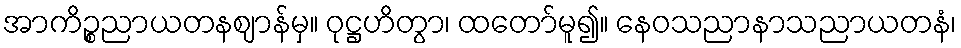
အာကိဉ္စညာယတနဈာန်မှ။ ဝုဋ္ဌဟိတွာ၊ ထတော်မူ၍။ နေဝသညာနာသညာယတနံ၊